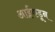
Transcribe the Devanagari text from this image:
आईंकडून